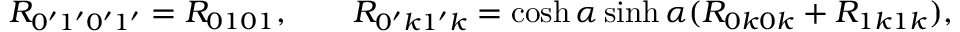
R _ { 0 ^ { \prime } 1 ^ { \prime } 0 ^ { \prime } 1 ^ { \prime } } = R _ { 0 1 0 1 } , \qquad R _ { 0 ^ { \prime } k 1 ^ { \prime } k } = \cosh \alpha \sinh \alpha ( R _ { 0 k 0 k } + R _ { 1 k 1 k } ) ,